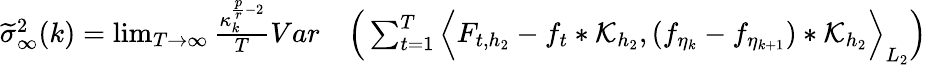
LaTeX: \begin{array}{rl}{\widetilde{\sigma}_{\infty}^{2}(k)=\operatorname*{lim}_{T\rightarrow\infty}\frac{\kappa_{k}^{\frac{p}{r}-2}}{T}Var}&{\Big(\sum_{t=1}^{T}\Big\langle F_{{t},h_{2}}-f_{t}*\mathcal{K}_{h_{2}},(f_{\eta_{k}}-f_{\eta_{k+1}})*\mathcal{K}_{h_{2}}\Big\rangle_{L_{2}}\Big)}\end{array}